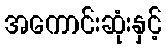
အကောင်းဆုံးနှင့်